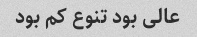
عالی بود تنوع کم بود